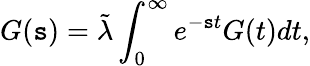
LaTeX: G(\mathtt{s})=\tilde{{\lambda}}\int_{0}^{\infty}e^{-\mathtt{s}t}G(t)dt,